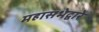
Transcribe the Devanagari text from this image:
महासभेद्वारे